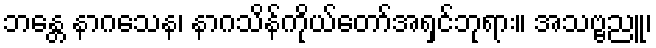
ဘန္တေ နာဂသေန၊ နာဂသိန်ကိုယ်တော်အရှင်ဘုရား။ အသဗ္ဗညူ၊